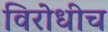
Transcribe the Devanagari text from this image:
विरोधीच